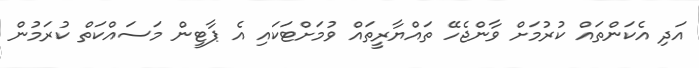
އަދި އެކަންތައް ކުރުމަށް ވާންޖެހޭ ތައްޔާރީތައް ވުމަށްޓަކައި އެ ޕާޓީން މަސައްކަތް ކުރަމުން